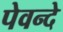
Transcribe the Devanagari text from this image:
पेवन्दे